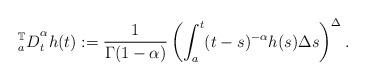
LaTeX: \begin{align*}{_{a}^{\mathbb{T}}D}_{t}^{\alpha}h(t):=\frac{1}{\Gamma(1-\alpha)}\left(\int_{a}^{t}(t-s)^{-\alpha}h(s)\Delta s\right)^{\Delta}.\end{align*}